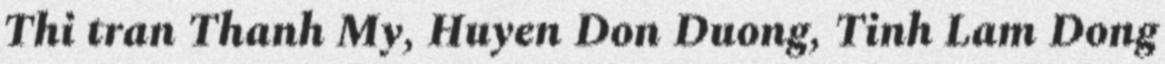
Thi tran Thanh My, Huyen Don Duong, Tinh Lam Dong